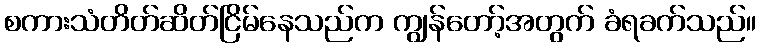
စကားသံတိတ်ဆိတ်ငြိမ်နေသည်က ကျွန်တော့်အတွက် ခံရခက်သည်။